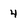
Character: 4